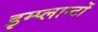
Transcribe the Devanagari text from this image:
इम्प्लान्टों